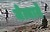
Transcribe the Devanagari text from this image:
जेत्याने